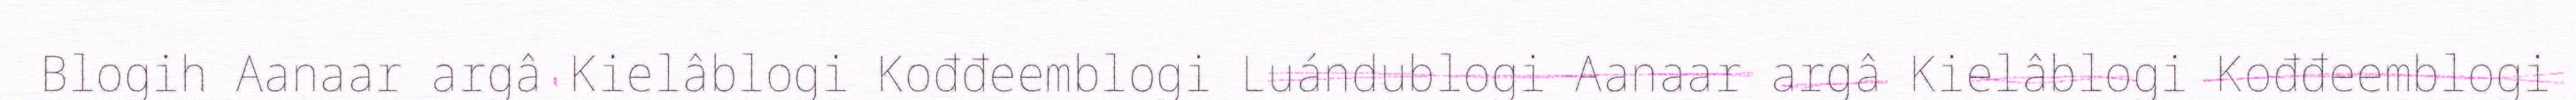
Blogih Aanaar argâ Kielâblogi Kođđeemblogi Luándublogi Aanaar argâ Kielâblogi Kođđeemblogi